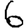
Digit: 6